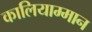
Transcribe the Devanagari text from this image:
कालियाम्मान